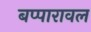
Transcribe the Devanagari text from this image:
बप्पारावल